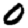
Digit: 0